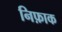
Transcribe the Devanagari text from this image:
निफ़ाक